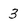
Character: 3